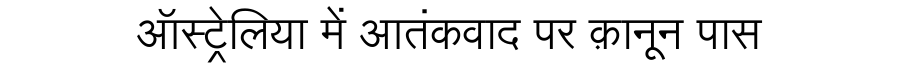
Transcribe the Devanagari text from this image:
ऑस्ट्रेलिया में आतंकवाद पर क़ानून पास